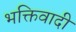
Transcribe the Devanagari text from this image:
भक्तिवादी